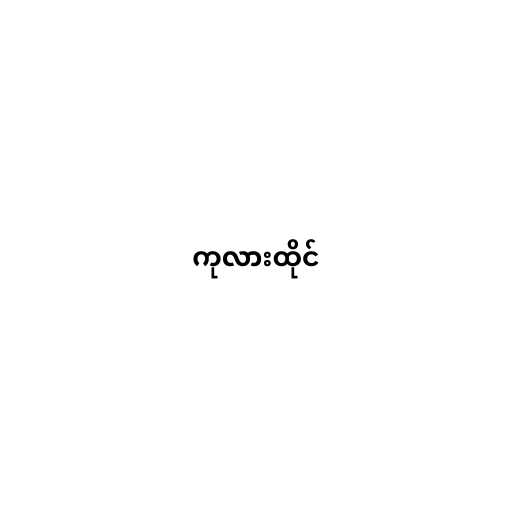
ကုလားထိုင်